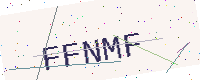
Text: FFNMF